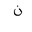
Letter: _non